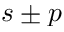
s \pm p